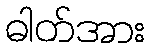
ဓါတ်အား